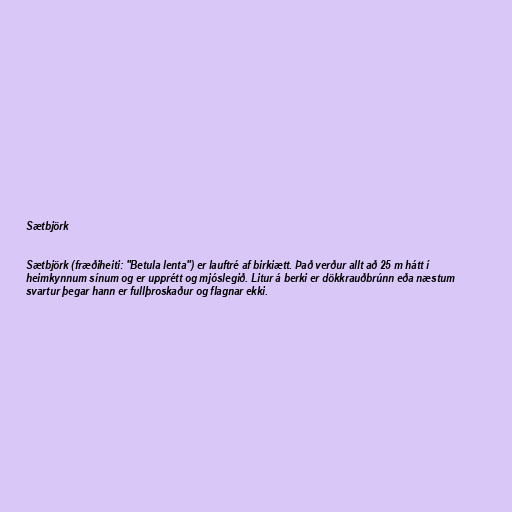
Sætbjörk

Sætbjörk (fræðiheiti: "Betula lenta") er lauftré af birkiætt. Það verður allt að 25 m hátt í
heimkynnum sínum og er upprétt og mjóslegið. Litur á berki er dökkrauðbrúnn eða næstum
svartur þegar hann er fullþroskaður og flagnar ekki.